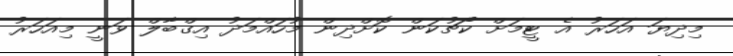
މިދިޔަ އަހަރު އެ ޓީމަށް ކޯޗުކަން ކޮށްދިން މުހައްމަދު އިގްބާލް ވަނީ މިއަހަރު